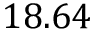
1 8 . 6 4